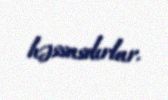
həssasdırlar.